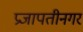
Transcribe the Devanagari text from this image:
प्रजापतीनगर